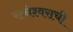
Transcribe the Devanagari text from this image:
रत्नेश्वराची